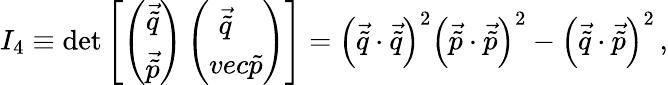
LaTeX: I_{4}\equiv\operatorname*{det}\left[\left(\begin{array}{c}{{\vec{\tilde{q}}}}\\ {{\vec{\tilde{p}}}}\end{array}\right)\left(\begin{array}{cc}{{\vec{\tilde{q}}\ \ \ }}\\ {{vec{\tilde{p}}}}\end{array}\right)\right]=\left(\vec{\tilde{q}}\cdot\vec{\tilde{q}}\right)^{2}\left(\vec{\tilde{p}}\cdot\vec{\tilde{p}}\right)^{2}-\left(\vec{\tilde{q}}\cdot\vec{\tilde{p}}\right)^{2}\, ,